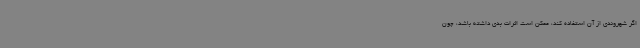
اگر شهروندی از آن استفاده کند، ممکن است اثرات بدی داشته باشد، چون